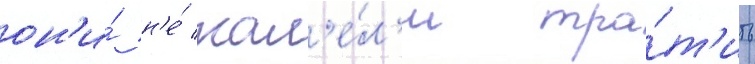
он'и́ н'е́ жал'е́л'и тра́т'ить